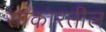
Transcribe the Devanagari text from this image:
साकारतील